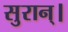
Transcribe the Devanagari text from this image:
सुरान्।